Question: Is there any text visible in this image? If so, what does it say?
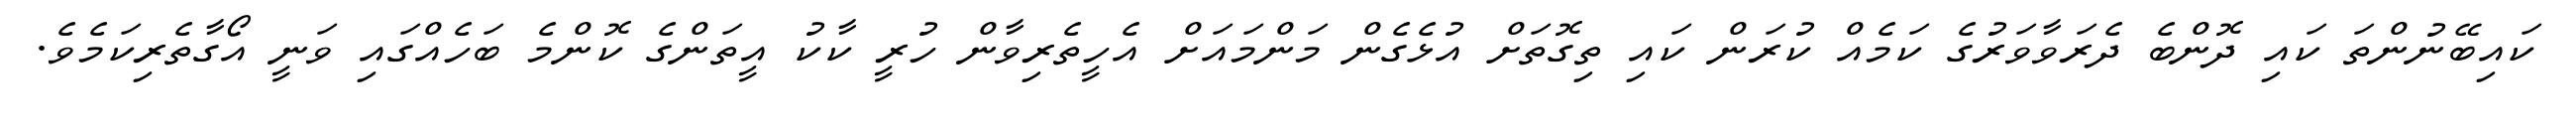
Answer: ކައިބޭނުންތަ ކައި ދޮންބެ ދެރަވާވަރުގެ ކަމެއް ކުރަން ކައި ތިގޮތަށް އުޅެގެން މަންމައަށް އެހީތެރިވާން ހުރީ ކާކު އީތަންގެ ކޮންމެ ބަހެއްގައި ވަނީ އޯގާތެރިކަމެވެ.